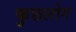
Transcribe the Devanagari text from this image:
कुछलोग